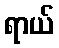
ရာယ်